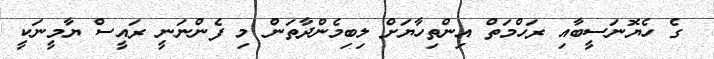
ގެ ހެޔޮނަސީބާއި ރަހްމަތް އިންތިހާޔަށް ލިބިމެންދާތަން މި ފެންނަނީ ރައީސް ޔާމީނަކީ